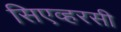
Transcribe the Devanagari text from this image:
सिएव्हरसी